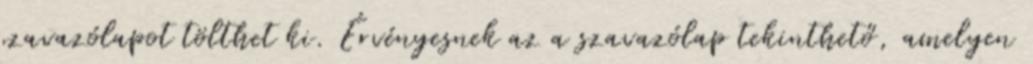
szavazólapot tölthet ki. Érvényesnek az a szavazólap tekinthető, amelyen